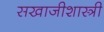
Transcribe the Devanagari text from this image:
सखाजीशास्त्री